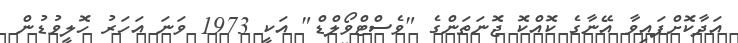
އަދާކޮށްފައިވާ އޭނާގެ ކޮއްކޮ ޖޮނަތަންގެ "ވެސްޓްވޯލްޑް" އަކީ 1973 ވަނަ އަހަރު ހޮލީވުޑުން